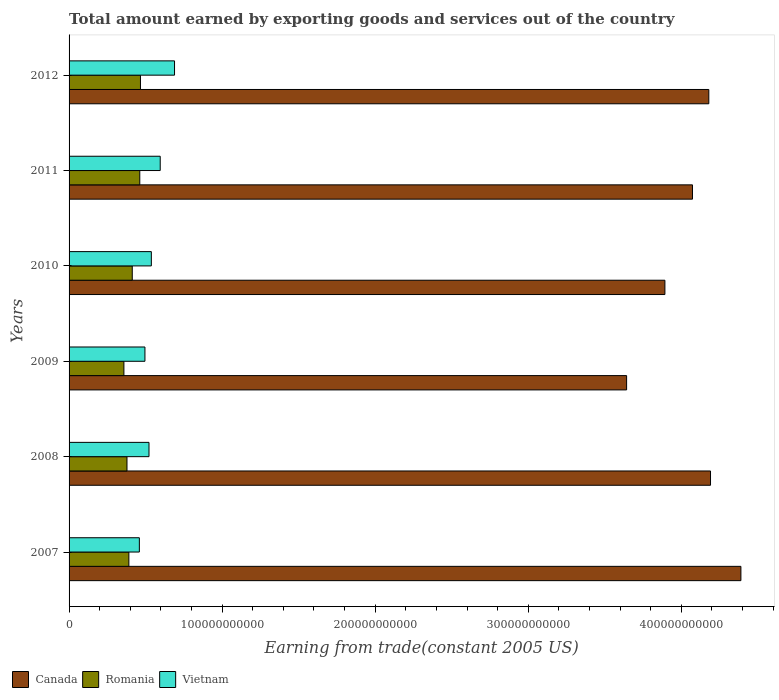
| Years | Canada | Romania | Vietnam |
 | --- | --- | --- | --- |
 | 2007 | 4.39e+11 | 3.91e+10 | 4.59e+10 |
 | 2008 | 4.19e+11 | 3.78e+10 | 5.22e+10 |
 | 2009 | 3.64e+11 | 3.58e+10 | 4.96e+10 |
 | 2010 | 3.89e+11 | 4.13e+10 | 5.38e+10 |
 | 2011 | 4.07e+11 | 4.62e+10 | 5.95e+10 |
 | 2012 | 4.18e+11 | 4.67e+10 | 6.89e+10 |